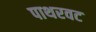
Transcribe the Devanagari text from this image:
पाथरवट